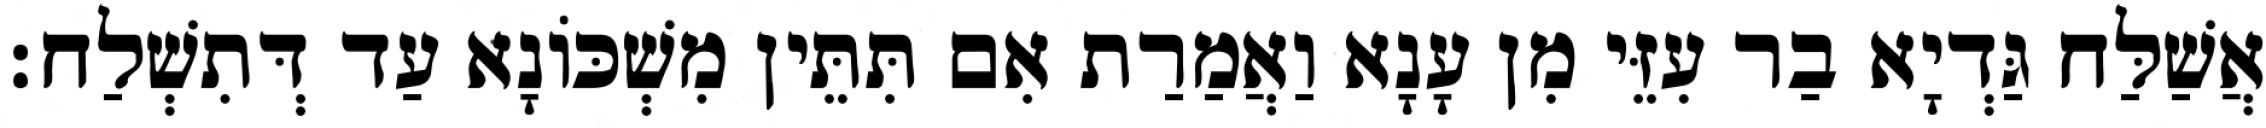
אֲשַׁלַּח גַּדְיָא בַר עִזֵּי מִן עָנָא וַאֲמַרַת אִם תִּתֵּין מִשְׁכּוֹנָא עַד דְּתִשְׁלַח׃